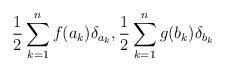
LaTeX: \begin{align*} \frac12 \sum_{k=1}^n f(a_k) \delta_{a_k}, \frac12 \sum_{k=1}^n g(b_k) \delta_{b_k} \end{align*}